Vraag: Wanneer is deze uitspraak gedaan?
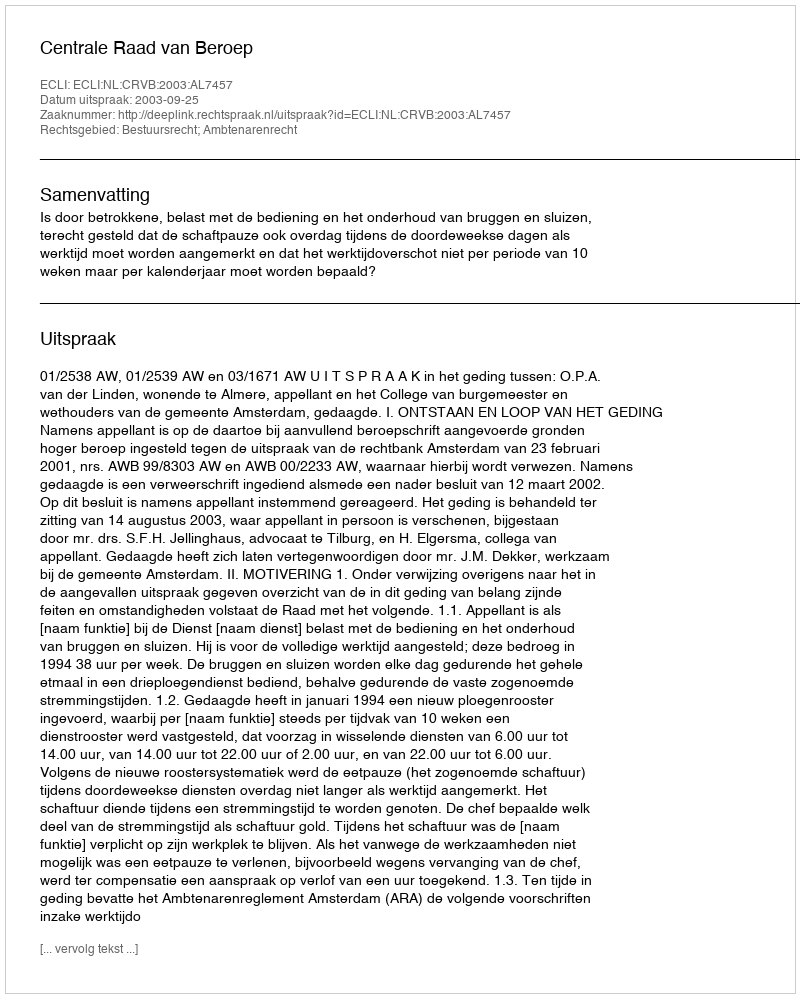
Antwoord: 2003-09-25